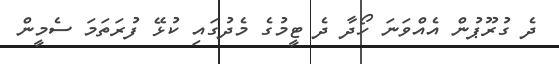
ދެ ގުރޫޕުން އެއްވަނަ ހޯދާ ދެ ޓީމުގެ މެދުގައި ކުޅޭ ފުރަތަމަ ސެމީން